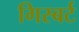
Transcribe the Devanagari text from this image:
गिस्बर्ट